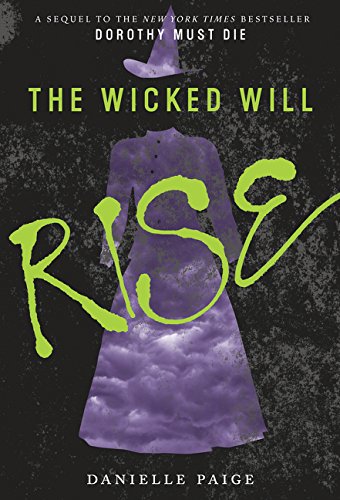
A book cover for The Wicked Will Rise (Dorothy Must Die); Danielle Paige; Teen & Young Adult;